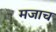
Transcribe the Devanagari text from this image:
मजाच